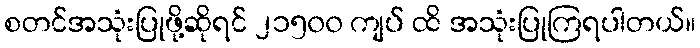
စတင်အသုံးပြုဖို့ဆိုရင် ၂၁၅၀၀ ကျပ် ထိ အသုံးပြုကြရပါတယ်။